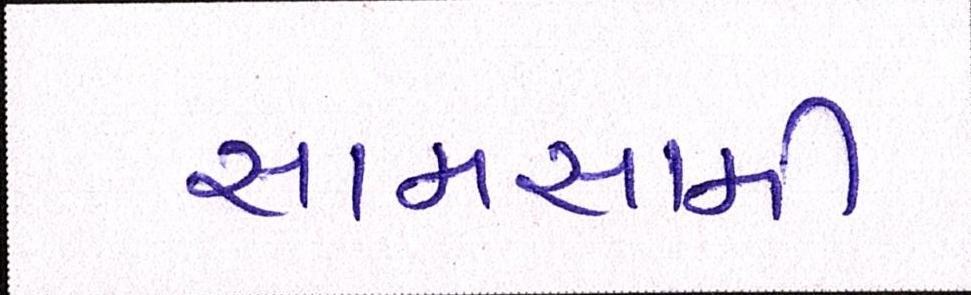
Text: સામસામી